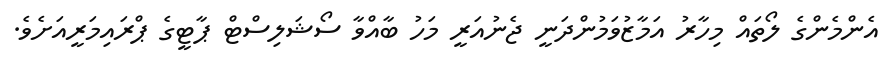
އެންމެންގެ ލޯތައް މިހާރު އަމާޒުވަމުންދަނީ ޖެނުއަރީ މަހު ބާއްވާ ސޯޝަލިސްޓް ޕާޓީގެ ޕްރައިމަރީއަށެވެ.